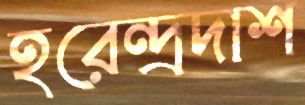
হরেন্দ্রদাশ